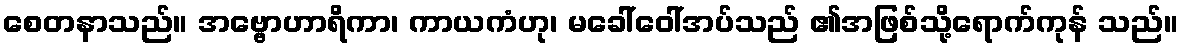
စေတနာသည်။ အဗ္ဗောဟာရိကာ၊ ကာယကံဟု၊ မခေါ်ဝေါ်အပ်သည် ၏အဖြစ်သို့ရောက်ကုန် သည်။